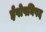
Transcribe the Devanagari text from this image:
ईषोपनिषद